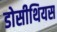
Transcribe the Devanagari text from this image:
डोसीथियस